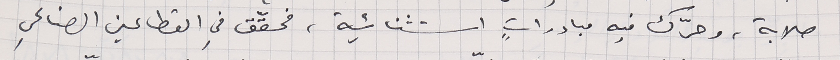
صلابة، وحرّك فيه مبادراتٍ استثنائية، فحقّق في القطاعين الصناعي